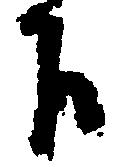
下